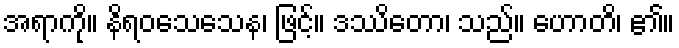
အရာကို။ နိရဝသေသေန၊ ဖြင့်။ ဒဿိတော၊ သည်။ ဟောတိ၊ ၏။